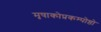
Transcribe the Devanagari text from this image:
मृषाकोप्रकम्पोष्ठो